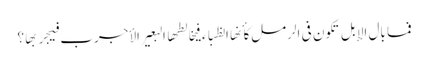
فما بال الإبل تکون فی الرمل کأنها الظباء فیخالطها البعیر الأجرب فیجربها ؟